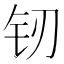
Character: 𲇰